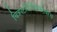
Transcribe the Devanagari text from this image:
चित्रपटनिर्मितीबरोबरच